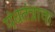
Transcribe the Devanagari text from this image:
पंचतंत्राचा